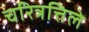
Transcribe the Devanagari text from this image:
चरित्रत्तिले